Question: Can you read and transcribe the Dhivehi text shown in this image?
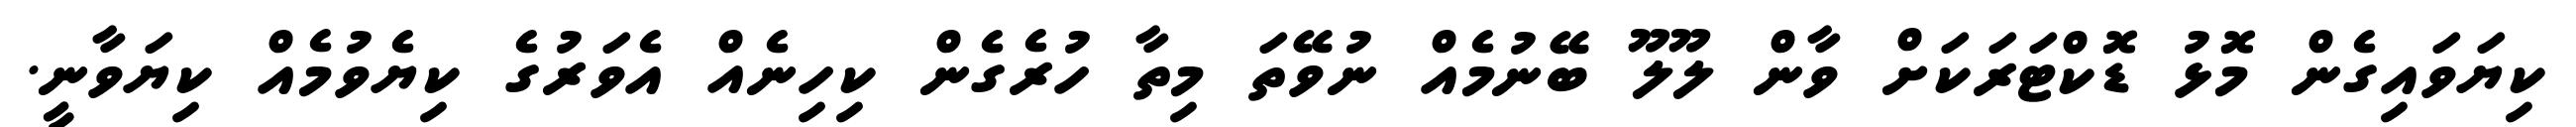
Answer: ކިޔަވައިގެން މޮޅު ޑޮކްޓަރަކަށް ވާން ލޫލޫ ބޭނުމެއް ނުވޭތަ މިތާ ހުރެގެން ކިހިނެއް އެވަރުގެ ކިޔެވުމެއް ކިޔަވާނީ.